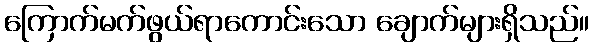
ကြောက်မက်ဖွယ်ရာကောင်းသော ချောက်များရှိသည်။